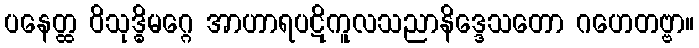
ပနေတ္ထ ဝိသုဒ္ဓိမဂ္ဂေ အာဟာရပဋိကူလသညာနိဒ္ဒေသတော ဂဟေတဗ္ဗာ။